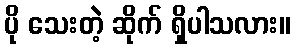
ပို သေးတဲ့ ဆိုက် ရှိပါသလား။